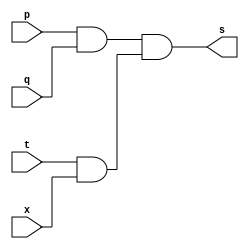
// -------------------------
// Exercicio08 - AND
// Nome: Jenifer Henrique Moreira Borges
// -------------------------

// -------------------------
// -- and gate
// -------------------------
module andgate ( output s, input  p, input  q, input t, input x);
 
 assign s = (p & q) & ( t & x );
  
endmodule // andgate 
 
// --------------------- 
// -- test and gate 
// --------------------- 
module testandgate; 
// ------------------------- dados locais 
   reg   a, b, c, d; // definir registradores
   wire  s;    // definir conexao (fio) 
// ------------------------- instancia 
   andgate AND1 (s, a, b, c, d);
// ------------------------- preparacao 
   initial begin:start 
                   // atribuicao simultanea 
                   // dos valores iniciais 
      a=0; b=0; c=0; d=0;
   end 
  
// ------------------------- parte principal
 
   initial begin 
      $display("Exercicio08 - Jenifer Henrique - 427420");
      $display("Test AND gate");
      $display("\na & b & c & d = s\n");
		$monitor("%b & %b & %b & %b = %b", a, b, c, d, s);
      a = 0; b=0; c=0; d=0;
  #1  a = 0; b=0; c=0; d=1;
  #1  a = 0; b=0; c=1; d=0;
  #1  a = 0; b=0; c=1; d=1;
  #1  a = 0; b=1; c=0; d=0;
  #1  a = 0; b=1; c=0; d=1;
  #1  a = 0; b=1; c=1; d=0;
  #1  a = 0; b=1; c=1; d=1;
  #1  a = 1; b=0; c=0; d=0;
  #1  a = 1; b=0; c=0; d=1;
  #1  a = 1; b=0; c=1; d=0;
  #1  a = 1; b=0; c=1; d=1;
  #1  a = 1; b=1; c=0; d=0;
  #1  a = 1; b=1; c=0; d=1;
  #1  a = 1; b=1; c=1; d=0;
  #1  a = 1; b=1; c=1; d=1;



 end

endmodule // testandgate